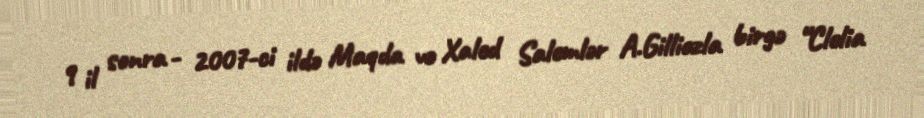
9 il sonra - 2007-ci ildə Maqda və Xaled Salemlər A.Gilliozla birgə “Clelia